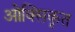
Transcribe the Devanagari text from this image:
ओक्सिकृत